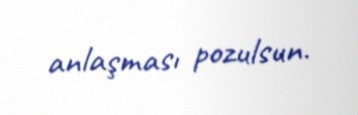
anlaşması pozulsun.